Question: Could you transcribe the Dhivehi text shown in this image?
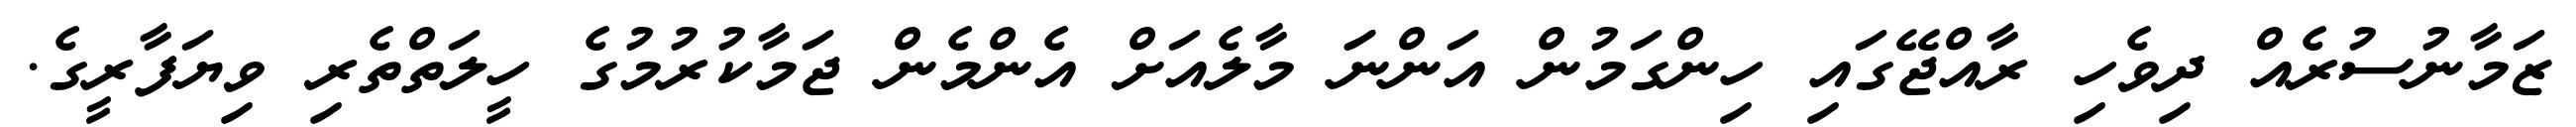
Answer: ޒަމާނުސުރެއް ދިވެހި ރާއްޖޭގައި ހިންގަމުން އަންނަަ މާލެއަށް އެންމެން ޖަމާކުރުމުގެ ހީލަތްތެރި ވިޔަފާރީގެ.